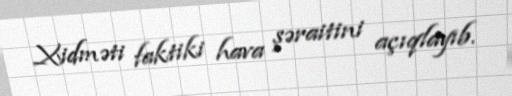
Xidməti faktiki hava şəraitini açıqlayıb.